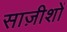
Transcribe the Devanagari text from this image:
साज़ीशों